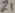
Text: Z1